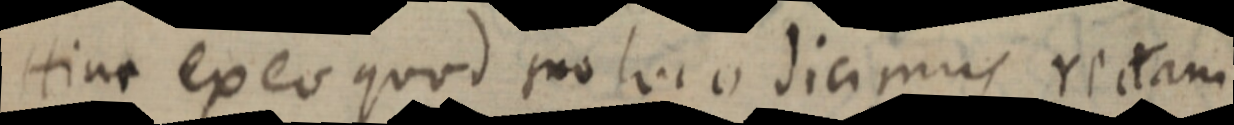
Hinc ex eo quod suo luco dicimus rectam